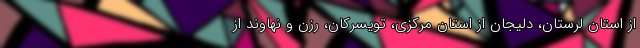
از استان لرستان، دلیجان از استان مرکزی، تویسرکان، رزن و نهاوند از